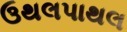
ઉથલપાથલ